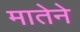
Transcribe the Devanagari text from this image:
मातेने